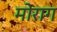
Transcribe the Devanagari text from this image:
मोराग